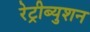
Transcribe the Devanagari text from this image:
रेट्रीब्युशन